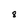
Character: 8